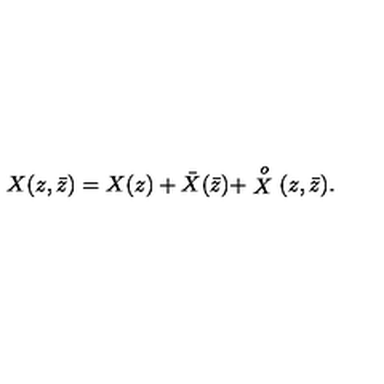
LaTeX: X ( z , \bar { z } ) = X ( z ) + \bar { X } ( \bar { z } ) + \stackrel { o } { X } ( z , \bar { z } ) .